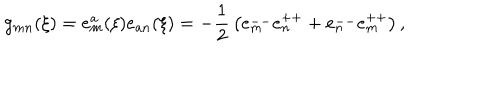
g _ { m n } ( \xi ) = e _ { m } ^ { a } ( \xi ) e _ { a n } ( \xi ) = - { \frac { 1 } { 2 } } \left( e _ { m } ^ { -- } e _ { n } ^ { + + } + e _ { n } ^ { -- } e _ { m } ^ { + + } \right) ,